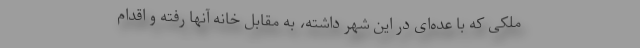
ملکی که با عده‌ای در این شهر داشته، به مقابل خانه آنها رفته و اقدام